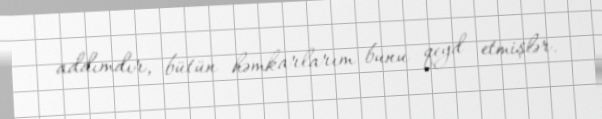
addımdır, bütün həmkarlarım bunu qeyd etmişlər.